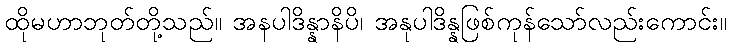
ထိုမဟာဘုတ်တို့သည်။ အနပါဒိန္နာနိပိ၊ အနုပါဒိန္နဖြစ်ကုန်သော်လည်းကောင်း။